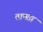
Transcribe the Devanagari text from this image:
तापता